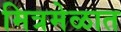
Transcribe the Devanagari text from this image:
मित्रमेळात